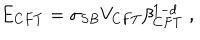
LaTeX: E _ { C F T } = \sigma _ { S B } V _ { C F T } \beta _ { C F T } ^ { 1 - d } \; ,